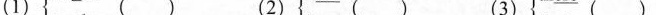
（1） （ ） （2）（ ） （3）（ ）